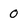
Character: 0